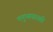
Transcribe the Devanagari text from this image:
मनुष्यपारखी